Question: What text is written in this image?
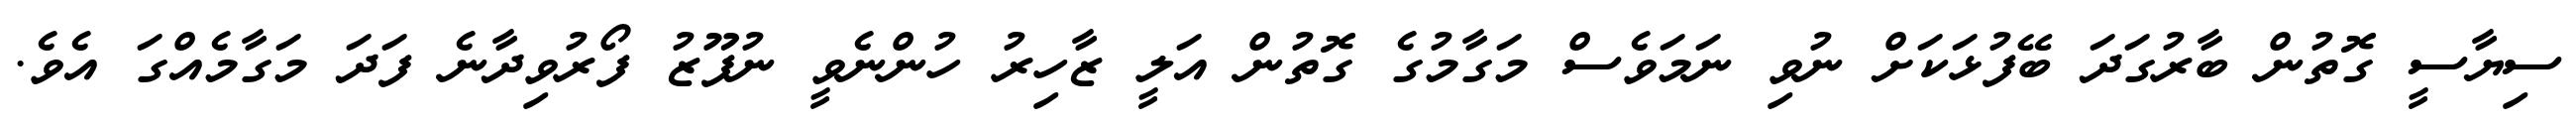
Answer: ސިޔާސީ ގޮތުން ބާރުގަދަ ބޭފުޅަކަށް ނުވި ނަމަވެސް މަގާމުގެ ގޮތުން އަލީ ޒާހިރު ހުންނެވީ ނުފޫޒު ފޯރުވިދާނެ ފަދަ މަގާމެއްގަ އެވެ.